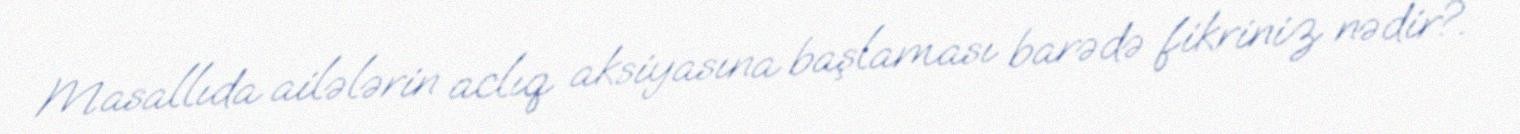
Masallıda ailələrin aclıq aksiyasına başlaması barədə fikriniz nədir?.